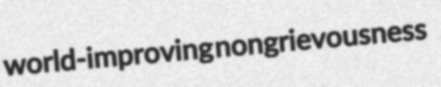
world-improving nongrievousness